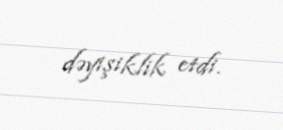
dəyişiklik etdi.